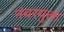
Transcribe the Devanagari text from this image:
नंबरयुक्त